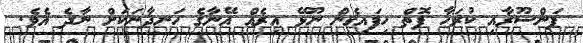
ފަންސޫރާއި ކުރަހާ ފޮތް ހިފައިގެން ނޫޅޭ އިރެއް އޭނާގެ ހަނދާނަކަށް ނާދެ އެވެ.